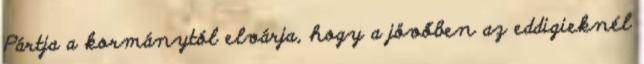
Pártja a kormánytól elvárja, hogy a jövőben az eddigieknél